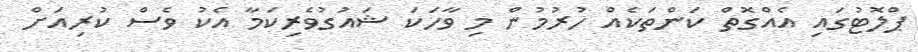
ޕްލޮޓުގައި އެއްގޮތް ކަންތަކެއް ހުރުމުން މި ވާހަކަ ޝައުގުވެރިކަމާ އެކު ވެސް ކުރިއަށް